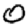
Digit: 0